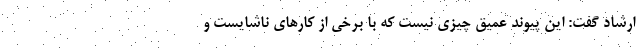
ارشاد گفت: این پیوند عمیق چیزی نیست که با برخی از کارهای ناشایست و